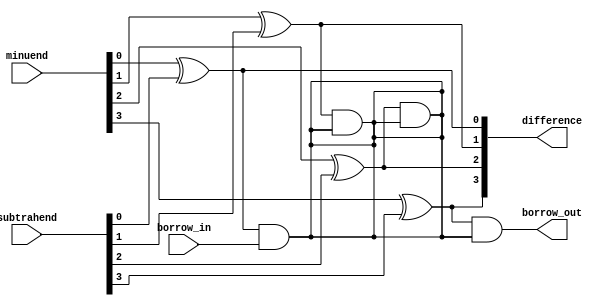
module carry_lookahead_subtractor (
    input wire [3:0] minuend,
    input wire [3:0] subtrahend,
    input wire borrow_in,
    output wire [3:0] difference,
    output wire borrow_out
);

wire [3:0] diff_intermediate;
wire borrow_intermediate;

xor #4 xor0 (diff_intermediate[0], minuend[0], subtrahend[0]);
and #4 and0 (borrow_intermediate, diff_intermediate[0], borrow_in);

xor #4 xor1 (diff_intermediate[1], minuend[1], subtrahend[1]);
and #4 and1 (borrow_intermediate, diff_intermediate[1], borrow_intermediate);

xor #4 xor2 (diff_intermediate[2], minuend[2], subtrahend[2]);
and #4 and2 (borrow_intermediate, diff_intermediate[2], borrow_intermediate);

xor #4 xor3 (diff_intermediate[3], minuend[3], subtrahend[3]);
and #4 and3 (borrow_out, diff_intermediate[3], borrow_intermediate);

assign difference = diff_intermediate;

endmodule